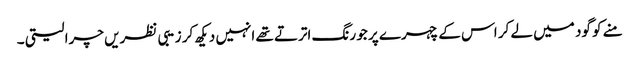
منے کو گود میں لے کر اس کے چہرے پر جو رنگ اترتے تھے انہیں دیکھ کر زیبی نظریں چرا لیتی ۔